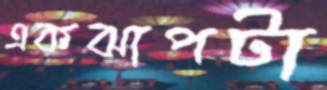
একঝাপটা